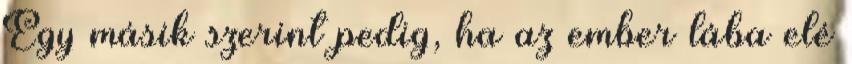
Egy másik szerint pedig, ha az ember lába elé